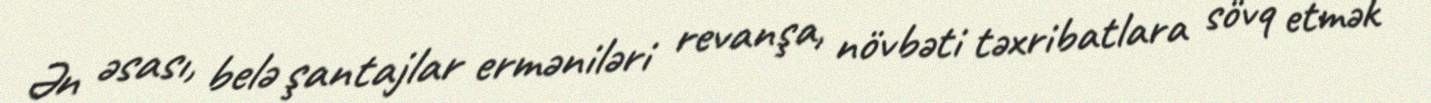
Ən əsası, belə şantajlar erməniləri revanşa, növbəti təxribatlara sövq etmək